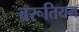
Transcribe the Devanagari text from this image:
बरूतियम